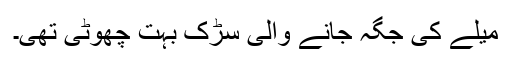
میلے کی جگہ جانے والی سڑک بہت چھوٹی تھی۔